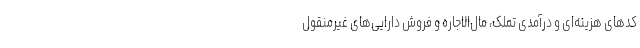
کدهای هزینه‌ای و درآمدی تملک، مال‌الاجاره و فروش دارایی‌های غیرمنقول